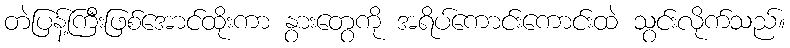
တဲပြန့်ကြီးဖြစ်အောင်ထိုးကာ နွားတွေကို အရိပ်ကောင်းကောင်းထဲ သွင်းလိုက်သည်။